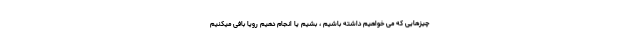
چیزهایی که می خواهیم داشته باشیم ، بشیم یا انجام دهیم رویا بافی میکنیم